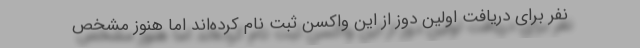
نفر برای دریافت اولین دوز از این واکسن ثبت نام کرده‌اند اما هنوز مشخص